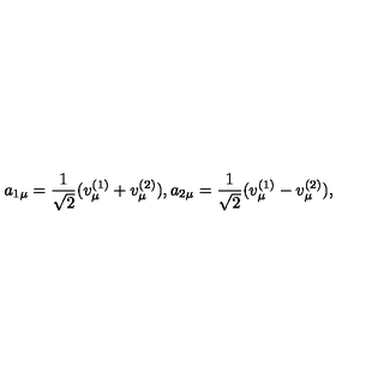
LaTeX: a _ { 1 \mu } = \frac { 1 } { \sqrt { 2 } } ( v _ { \mu } ^ { ( 1 ) } + v _ { \mu } ^ { ( 2 ) } ) , a _ { 2 \mu } = \frac { 1 } { \sqrt { 2 } } ( v _ { \mu } ^ { ( 1 ) } - v _ { \mu } ^ { ( 2 ) } ) ,